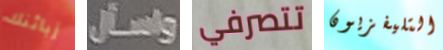
زبائنك واسأل تتصرفي التليفزيون